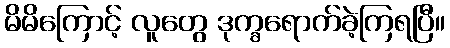
မိမိကြောင့် လူတွေ ဒုက္ခရောက်ခဲ့ကြရပြီ။